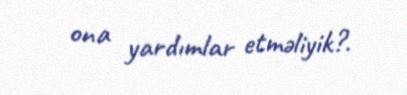
ona yardımlar etməliyik?.